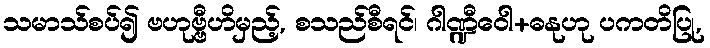
သမာသ်စပ်၍ ဗဟုဗ္ဗီဟိမှည့်, စသည်စီရင်၊ ဂါဏ္ဍီဝေါ+ဓနုဟု ပကတိပြု,